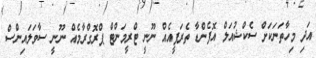
އަދި މިހާތަނަކަށް ސެކްޝުއަލް އޮފެންޑާ ތެރަޕީއެއް ނޫނީ ޓްރީމަންޓް ޕްރޮގްރާމެއް ނޫނީ ސާވަލައިންސް